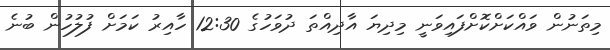
މިތަނުން ވައްކަށްކޮށްފައިވަނީ މިދިޔަ އާދިއްތަ ދުވަހުގެ 12:30 ހާއިރު ކަމަށް ފުލުހުން ބުނެ